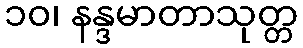
၁၀၊ နန္ဒမာတာသုတ္တ